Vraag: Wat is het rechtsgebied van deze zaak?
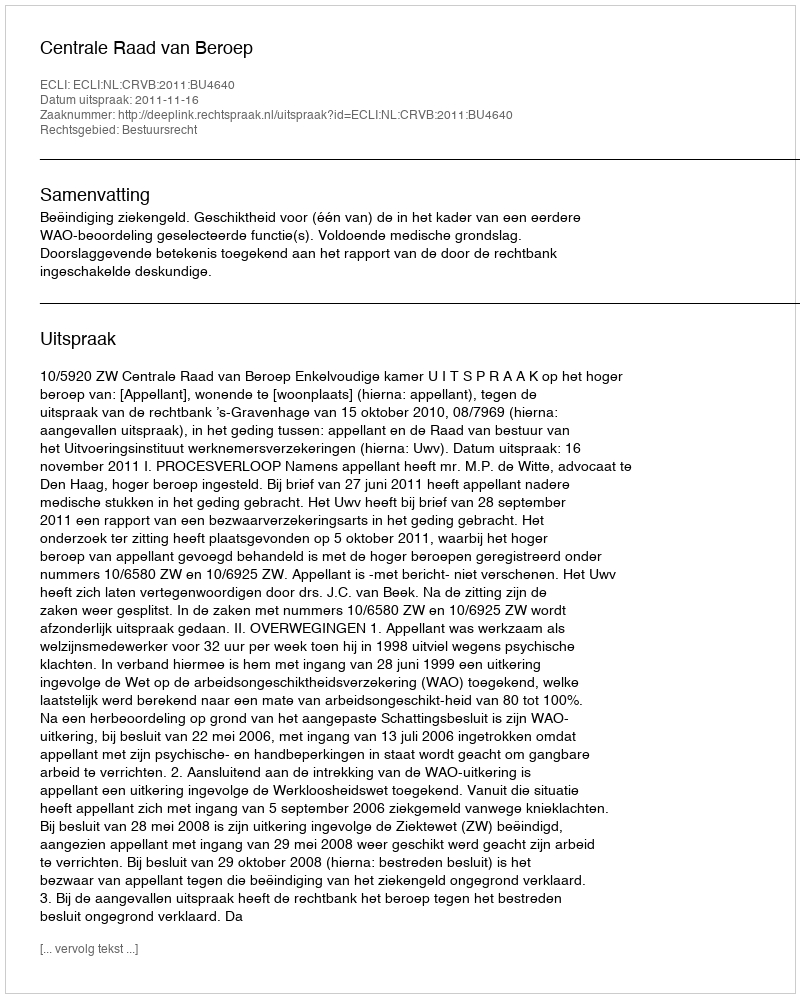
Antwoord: Bestuursrecht